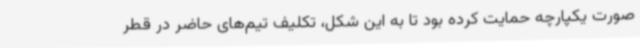
صورت یکپارچه حمایت کرده بود تا به این شکل، تکلیف تیم‌های حاضر در قطر